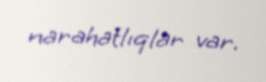
narahatlıqlar var.